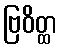
ဗြဝိတ္ထ